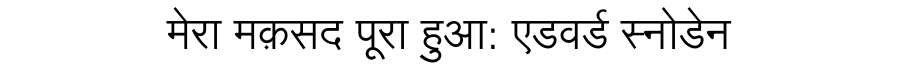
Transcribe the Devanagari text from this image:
मेरा मक़सद पूरा हुआ: एडवर्ड स्नोडेन